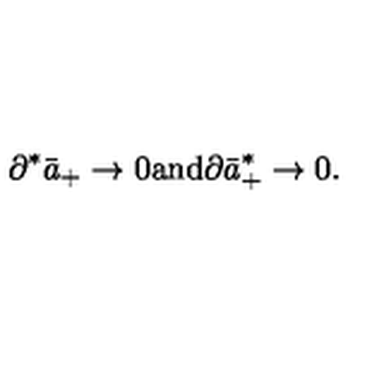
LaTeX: \partial ^ { * } \bar { a } _ { + } \rightarrow 0 \mathrm { a n d } \partial \bar { a } _ { + } ^ { * } \rightarrow 0 .